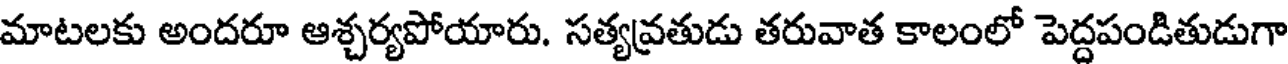
మాటలకు అందరూ ఆశ్చర్యపోయారు. సత్యవ్రతుడు తరువాత కాలంలో పెద్దపండితుడుగా